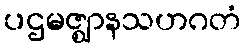
ပဌမဇ္ဈာနသဟဂတံ